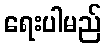
ရေးပါမည်